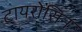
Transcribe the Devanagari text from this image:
टायरोसिन